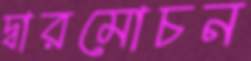
দ্বারমোচন